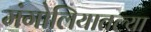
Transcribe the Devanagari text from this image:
मंगोलियातल्या